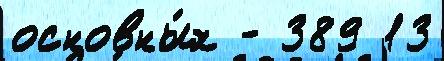
основны́х - 389 13